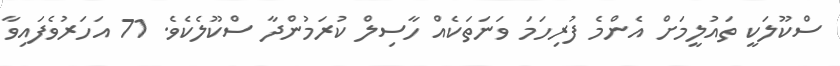
ސްކޫލަކީ ތައުލީމަށް އެންމެ ފުރިހަމަ ވަނަތަކެއް ހާސިލް ކުރަމުންދާ ސްކޫލެކެވެ. 71 އަހަރުވެފައިވާ